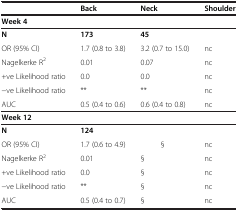
<table><thead><tr><td><b> </b></td><td><b>Back</b></td><td><b>Neck</b></td><td><b>Shoulder</b></td></tr></thead><tbody><tr><td><b>Week 4</b></td><td> </td><td> </td><td> </td></tr><tr><td><b>N</b></td><td><b>173</b></td><td><b>45</b></td><td> </td></tr><tr><td>OR (95% CI)</td><td>1.7 (0.8 to 3.8)</td><td>3.2 (0.7 to 15.0)</td><td>nc</td></tr><tr><td>Nagelkerke R<sup>2</sup></td><td>0.01</td><td>0.07</td><td>nc</td></tr><tr><td>+ve Likelihood ratio</td><td>0.0</td><td>0.0</td><td>nc</td></tr><tr><td>−ve Likelihood ratio</td><td>**</td><td>**</td><td>nc</td></tr><tr><td>AUC</td><td>0.5 (0.4 to 0.6)</td><td>0.6 (0.4 to 0.8)</td><td>nc</td></tr><tr><td><b>Week 12</b></td><td> </td><td> </td><td> </td></tr><tr><td><b>N</b></td><td><b>124</b></td><td> </td><td> </td></tr><tr><td>OR (95% CI)</td><td>1.7 (0.6 to 4.9)</td><td>§</td><td>nc</td></tr><tr><td>Nagelkerke R<sup>2</sup></td><td>0.01</td><td>§</td><td>nc</td></tr><tr><td>+ve Likelihood ratio</td><td>0.0</td><td>§</td><td>nc</td></tr><tr><td>−ve Likelihood ratio</td><td>**</td><td>§</td><td>nc</td></tr><tr><td>AUC</td><td>0.5 (0.4 to 0.7)</td><td>§</td><td>nc</td></tr></tbody></table>